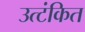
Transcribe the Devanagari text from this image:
उत्टंकित